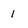
Character: 1